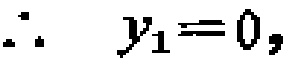
\(\therefore\ \ y_{1}=0,\)